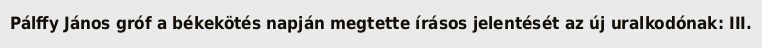
Pálffy János gróf a békekötés napján megtette írásos jelentését az új uralkodónak: III.